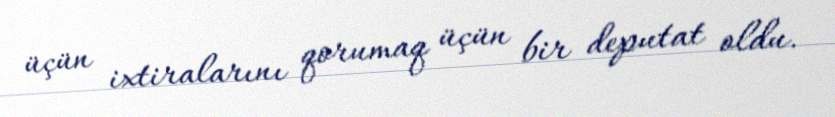
üçün ixtiralarını qorumaq üçün bir deputat oldu.